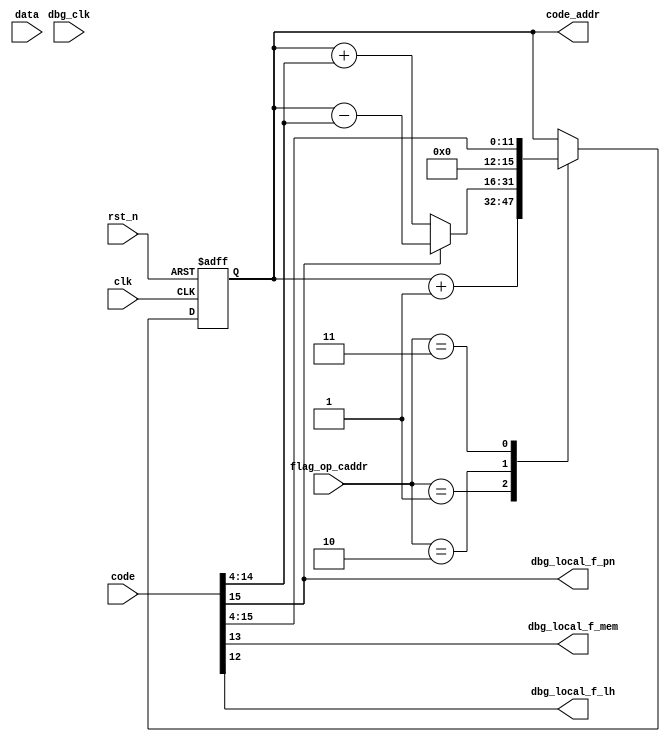
`timescale 1ns / 1ps

module op_caddr
#(
    parameter DATA_BITWIDTH = 8,
    parameter CODE_BITWIDTH = 16,
    parameter ADDR_BITWIDTH = 16,

    parameter CADDR_NOP = 2'h0,
    parameter CADDR_INC = 2'h1,
    parameter CADDR_MOD = 2'h2,
    parameter CADDR_SET = 2'h3
)
(
    input   clk,
    input   rst_n,

    input   [1:0] flag_op_caddr,
    input   [CODE_BITWIDTH-1:0] code,
    input   [DATA_BITWIDTH-1:0] data,
    output  [ADDR_BITWIDTH-1:0] code_addr,

    input   dbg_clk,
    output  dbg_local_f_pn,
    output  dbg_local_f_mem,
    output  dbg_local_f_lh
);

    wire [11:0] _inst12;
    wire [10:0] _inst11;
    wire [7:0] _inst8;
    assign _inst12 = code[15:4];
    assign _inst11 = code[14:4];
    assign _inst8 = code[11:4];
    assign _f_pn = code[15];
    assign _f_mem = code[13];
    assign _f_lh = code[12];

    assign dbg_local_f_pn = _f_pn;
    assign dbg_local_f_mem = _f_mem;
    assign dbg_local_f_lh = _f_lh;


    reg [ADDR_BITWIDTH-1:0] r_code_addr = 64'h0000_0000_0000_0000;
    assign code_addr = r_code_addr;

    always @(posedge clk or negedge rst_n) begin
        if (~rst_n) begin
            r_code_addr <= 64'h0000_0000_0000_0000;
        end else case (flag_op_caddr)
        CADDR_NOP:  ;
        CADDR_INC:  r_code_addr <= r_code_addr + 1;
        CADDR_MOD:  if (_f_pn) r_code_addr <= r_code_addr - _inst11;
                    else r_code_addr <= r_code_addr + _inst11;
        CADDR_SET:  r_code_addr <= {52'b0, _inst12};
        default:    ;
        endcase
    end

endmodule